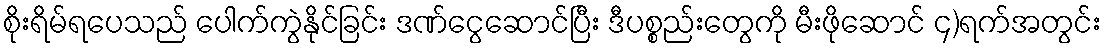
စိုးရိမ်ရပေသည် ပေါက်ကွဲနိုင်ခြင်း ဒဏ်ငွေဆောင်ပြီး ဒီပစ္စည်းတွေကို မီးဖိုဆောင် ၄)ရက်အတွင်း